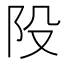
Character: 𨸜